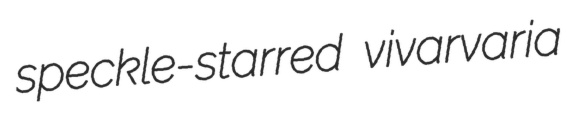
speckle-starred vivarvaria